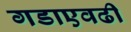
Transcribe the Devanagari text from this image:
गडाएवढी